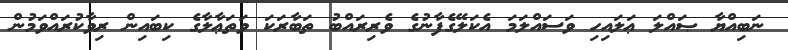
ނަބިއްޔާ ޞައްލަ ޢަލައިހި ވަސައްލަމަ އެކަލޭގެފާނުގެ ވެރިރައްބު ތަބާރަކަ ވަތަޢާލާގެ ކިބައިން ރިވާކުރައްވަމުން